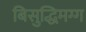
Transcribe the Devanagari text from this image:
बिसुद्धिमग्ग